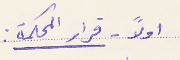
اولاً - قرار المحكمة: